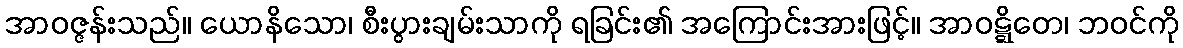
အာဝဇ္ဇန်းသည်။ ယောနိသော၊ စီးပွားချမ်းသာကို ရခြင်း၏ အကြောင်းအားဖြင့်။ အာဝဋ္ဋိတေ၊ ဘဝင်ကို